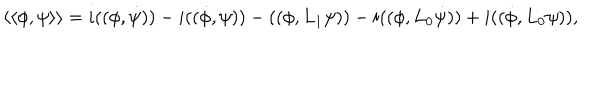
\langle \langle \phi , \psi \rangle \rangle = i ( ( \phi , \dot { \psi } ) ) - i ( ( \dot { \phi } , \psi ) ) - ( ( \phi , L _ { 1 } \psi ) ) - i ( ( \phi , L _ { 0 } \dot { \psi } ) ) + i ( ( \dot { \phi } , L _ { 0 } \psi ) ) ,